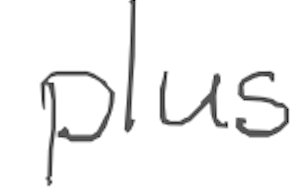
Text: plus
Cross-out: clean
Writing tool: digital_gray